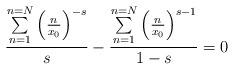
\begin{align*}\frac{\underset{n=1}{\overset{n=N}{\sum }}\left(\frac{n}{x_0}\right)^{-s}}{s}-\frac{\underset{n=1}{\overset{n=N}{\sum }}\left(\frac{n}{x_0}\right)^{s-1}}{1-s}=0 \end{align*}